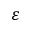
\varepsilon